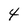
Character: 4